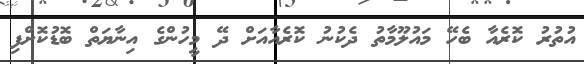
އުތުރު ކޮރެއާ ބެހޭ މައުލޫމާތު ދެކުނު ކޮރެއާއަށް ދޭ މީހުންގެ އިނާޔަތް ބޮޑުކޮށްފި